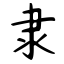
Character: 隶